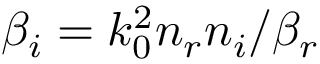
\beta _ { i } = k _ { 0 } ^ { 2 } n _ { r } n _ { i } / \beta _ { r }